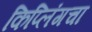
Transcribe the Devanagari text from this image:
किप्लिंगचा